Plague in India, 1896, 1897 - Volume 3
Year: 1896
Disease focus: Plague
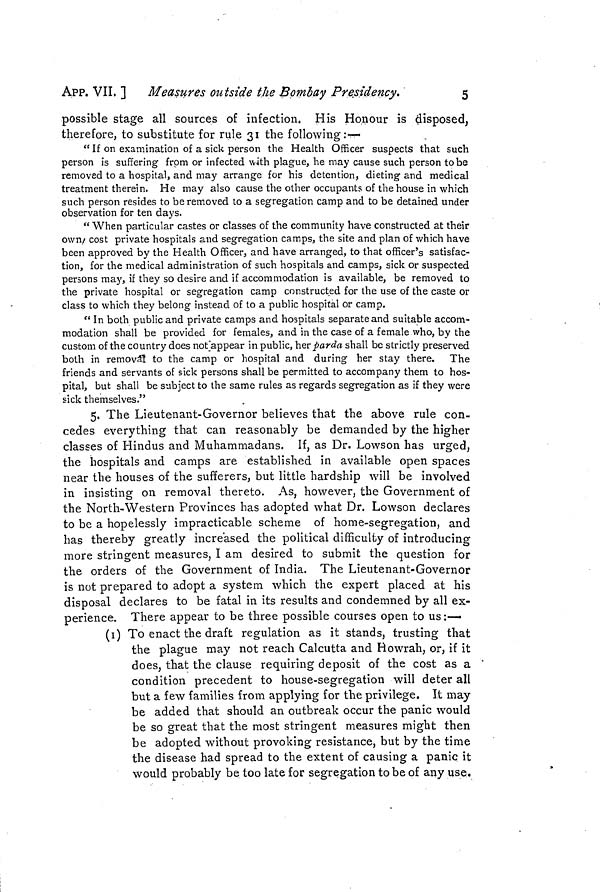
APP. VII, ] Measures outside the Bombay Presidency.
5
possible stage all sources of infection. His Honour is disposed,
therefore, to substitute for rule 31 the following:—
"If on examination of a sick person the Health Officer suspects that such
person is suffering from or infected with plague, he may cause such person tobe
removed to a hospital, and may arrange for his detention, dieting and medical
treatment therein. He may also cause the other occupants of the house in which
such person resides to be removed to a segregation camp and to be detained under
observation for ten days.
"When particular castes or classes of the community have constructed at their
own cost private hospitals and segregation camps, the site and plan of which have
been approved by the Health Officer, and have arranged, to that officer's satisfac-
tion, for the medical administration of such hospitals and camps, sick or suspected
persons may, if they so desire and if accommodation is available, be removed to
the private hospital or segregation camp constructed for the use of the caste or
class to which they belong instead of to a public hospital or camp.
" In both public and private camps and hospitals separate and suitable accom-
modation shall be provided for females, and in the case of a female who, by the
custom of the country does not appear in public, her parda shall be strictly preserved
both in removal to the camp or hospital and during her stay there. The
friends and servants of sick persons shall be permitted to accompany them to hos-
pital, but shall be subject to the same rules as regards segregation as if they were
sick themselves."
5. The Lieutenant-Governor believes that the above rule con-
cedes everything that can reasonably be demanded by the higher
classes of Hindus and Muhammadans. If, as Dr. Lowson has urged,
the hospitals and camps are established in available open spaces
near the houses of the sufferers, but little hardship will be involved
in insisting on removal thereto. As, however, the Government of
the North-Western Provinces has adopted what Dr. Lowson declares
to be a hopelessly impracticable scheme of home-segregation, and
has thereby greatly increased the political difficulty of introducing
more stringent measures, I am desired to submit the question for
the orders of the Government of India. The Lieutenant-Governor
is not prepared to adopt a system which the expert placed at his
disposal declares to be fatal in its results and condemned by all ex-
perience. There appear to be three possible courses open to us :—
(1) To enact the draft regulation as it stands, trusting that
the plague may not reach Calcutta and Howrah, or, if it
does, that the clause requiring deposit of the cost as a '
condition precedent to house-segregation will deter all
but a few families from applying for the privilege. It may
be added that should an outbreak occur the panic would
be so great that the most stringent measures might then
be adopted without provoking resistance, but by the time
the disease had spread to the extent of causing a panic it
would probably be too late for segregation to be of any use.